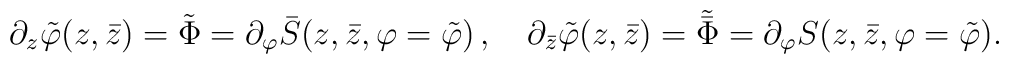
\partial_z\tilde{\varphi}(z,\bar{z})=\tilde{\Phi}=\partial_{\varphi}\bar{S}(z,\bar{z},\varphi=\tilde{\varphi}) \, ,\quad \partial_{\bar{z}}\tilde{\varphi}(z,\bar{z})=\tilde{\bar{\Phi}}=\partial_{\varphi}S(z,\bar{z},\varphi=\tilde{\varphi}).